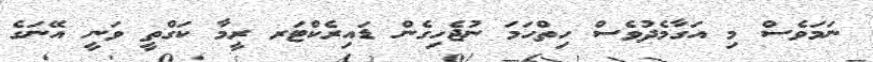
ނަމަވެސް މި އަގާމެދުވެސް ހިތްހަމަ ނުޖެހިގެން ޑައިރެކްޓަރ ރީމާ ކަގްތީ ވަނީ އޭނަގެ